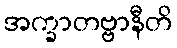
အက္ခာတဗ္ဗာနီတိ